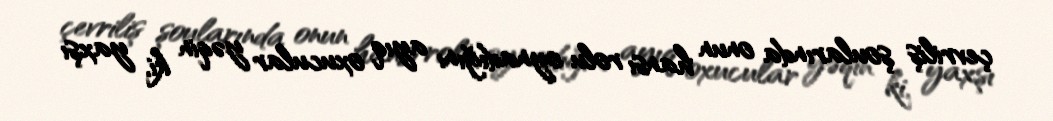
çevriliş şoularında onun hansı rolu oynadığını ayıq oxucular yəqin ki, yaxşı